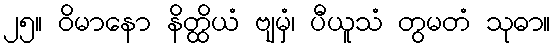
၂၅။ ဝိမာနော နိတ္ထိယံ ဗျမှံ၊ ပီယူသံ တွမတံ သုဓာ။